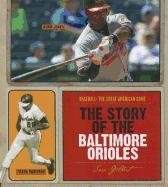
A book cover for The Story of the Baltimore Orioles (Baseball: the Great American Game); Sara Gilbert; Teen & Young Adult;